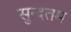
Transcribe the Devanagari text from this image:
सुन्दतम